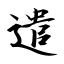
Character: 遣